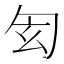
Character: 𠣖